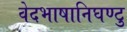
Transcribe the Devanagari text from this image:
वेदभाषानिघण्टु